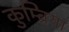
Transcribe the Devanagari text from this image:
कुम्ब्रिया